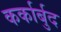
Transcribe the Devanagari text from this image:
कर्कार्बुद